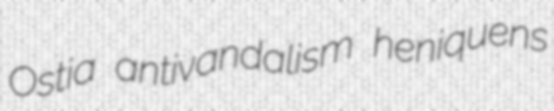
Ostia antivandalism heniquens